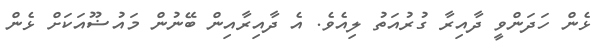
ޅެން ހަދަންވީ ދާއިރާ ގުރުއަތު ލިއެވެ. އެ ދާއިރާއިން ބޭނުން މައުޟޫއަކަށް ޅެން